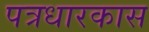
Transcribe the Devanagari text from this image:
पत्रधारकास